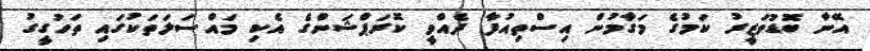
އޭނާ ބޮޑުވަޒީރު ކަމުގެ މަގާމުން އިސްތިއުފާ ދެއްވީ ކޮރަޕްޝަންގެ އެކި މައްސަލަތަކުގައި ތަހުގީގު